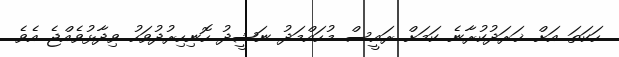
ހަކަތަ އަށް ޚަރަދުކުރާނެ ކަމަށް ރައީސް މުހައްމަދު ނަޝީދު ހޮނިހިރުދުވަހު ވިދާޅުވެއްޖެ އެވެ.